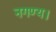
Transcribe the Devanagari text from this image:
नगण्य।